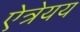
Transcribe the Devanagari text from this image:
ऐत्रेयय